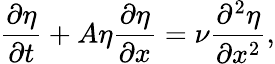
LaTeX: \frac{\partial\eta}{\partial t}+A\eta\frac{\partial\eta}{\partial x}=\nu\frac{\partial^{2}\eta}{\partial x^{2}},